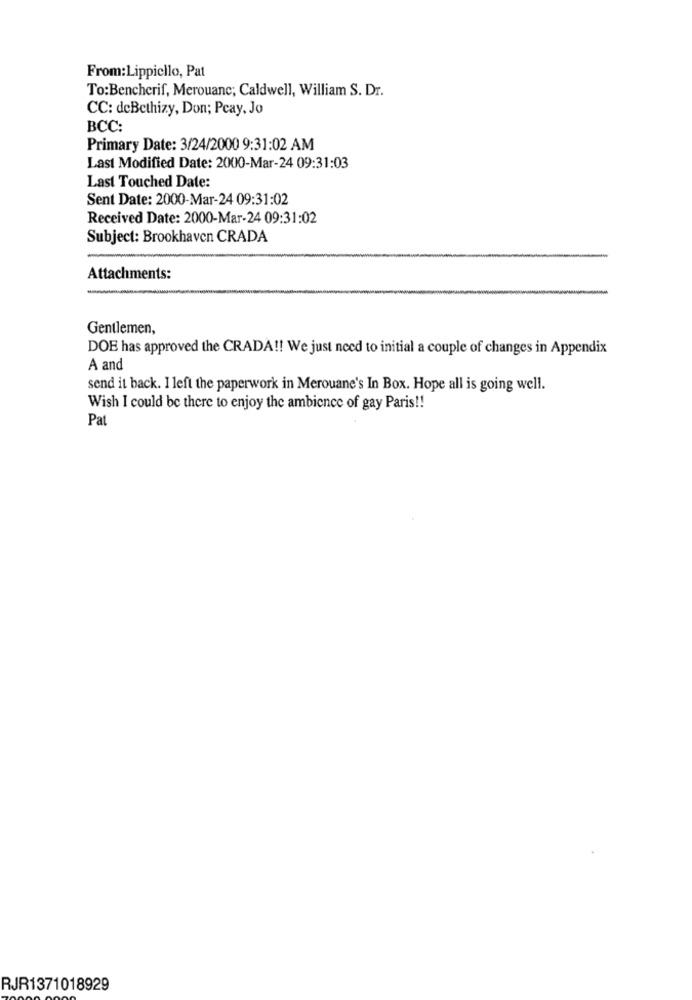
From:Lippiello, Pat
To:Bencherif, Merouane; Caldwell, William S. Dr.
CC: deBethizy, Don; Pcay, Jo
BCC:
Primary Date: 3/24/2000 9:31:02 AM
Last Modified Date: 2000-Mar-24 09:31:03
Last Touched Date:
Sent Date: 2000-Mar-24 09:31:02
Received Date: 2000-Mar-24 09:31:02
Subject: Brookhaven CRADA
Attachments:
Gentlemen,
DOE has approved the CRADA !! We just need to initial a couple of changes in Appendix
A and
send it back. I left the paperwork in Merouane's In Box. Hope all is going well.
Wish I could be there to enjoy the ambience of gay Paris !!
Pat
RJR1371018929